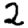
Digit: 2